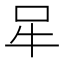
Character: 𰠧